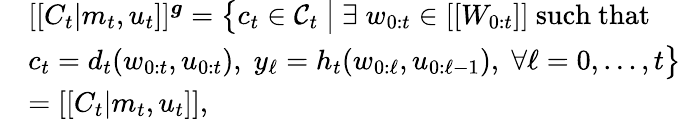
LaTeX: \begin{array}{rl}&{[[C_{t}|m_{t},u_{t}]]^{\boldsymbol{g}}=\big\{ c_{t}\in\mathcal{C}_{t}~\big|~\exists\; w_{0:t}\in[[W_{0:t}]]\mathrm{~such~that~}}\\ &{c_{t}=d_{t}(w_{0:t},u_{0:t}),\; y_{\ell}=h_{t}(w_{0:\ell},u_{0:\ell-1}),\; \forall\ell=0,\dots,t\big\} }\\ &{=[[C_{t}|m_{t},u_{t}]],}\end{array}